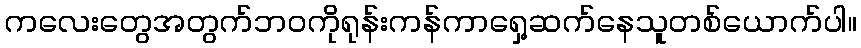
ကလေးတွေအတွက်ဘဝကိုရုန်းကန်ကာရှေ့ဆက်နေသူတစ်ယောက်ပါ။